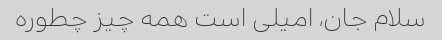
سلام جان، امیلی است همه چیز چطوره